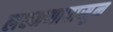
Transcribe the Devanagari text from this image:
लक्ष्मणापासून